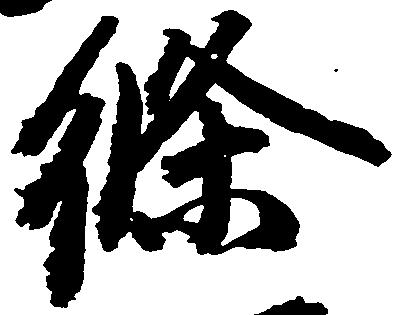
条